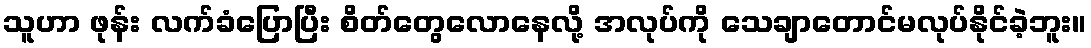
သူဟာ ဖုန်း လက်ခံပြောပြီး စိတ်တွေလောနေလို့ အလုပ်ကို သေချာတောင်မလုပ်နိုင်ခဲ့ဘူး။